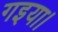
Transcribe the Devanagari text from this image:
गइया।